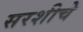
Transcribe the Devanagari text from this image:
सरशीचे